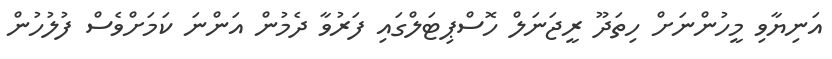
އަނިޔާވި މީހުންނަށް ހިތަދޫ ރީޖަނަލް ހޮސްޕިޓަލްގައި ފަރުވާ ދެމުން އަންނަ ކަމަށްވެސް ފުލުހުން